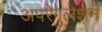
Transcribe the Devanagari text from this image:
अपरेगुलेशन